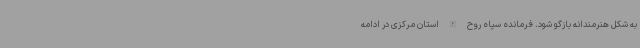
به شکل هنرمندانه بازگو شود. فرمانده سپاه روح الله استان مرکزی در ادامه